Civil Veterinary Department Bihar & Orissa reports 1929-36 - 1929-1936
Year: 1929
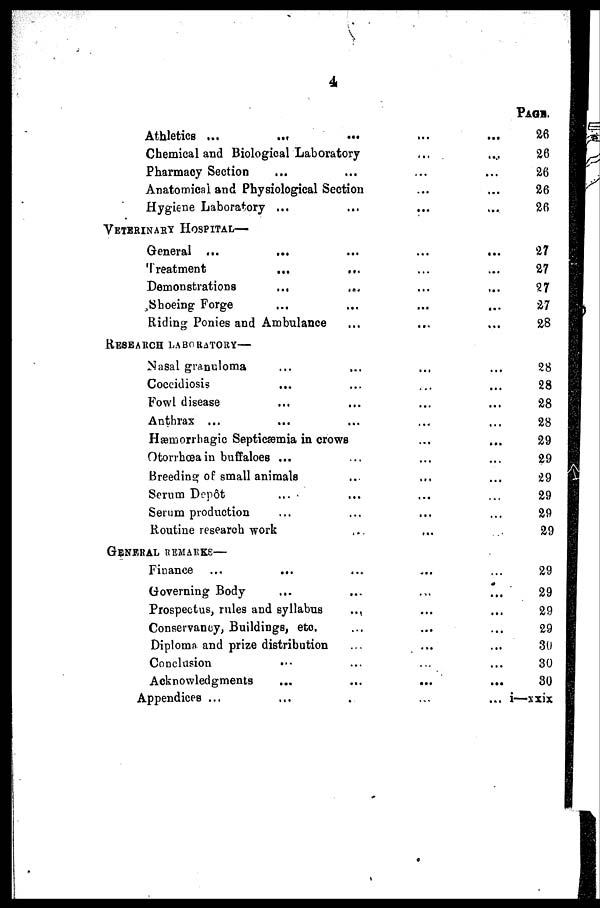
4
Athletics ...
... ... ... ...
Chemical and Biological Laboratory ... ...
Pharmacy Section ... ... ... ...
Anatomical and Physiological Section ... ...
Hygiene Laboratory ... ... ... ...
VETERINARY HOSPITAL—
General ... ... ... ... ...
Treatment
...
... ... ...
Demonstrations
... ... ... ...
Shoeing Forge ... ... ... ...
Riding Ponies and Ambulance ... ... ...
RESEARCH LABORATORY—
Nasal granuloma ... ... ... ...
Coccidiosis ... ... ... ...
Fowl disease ... ... ... ...
Anthrax ... ... ... ... ...
Hæmorrbagic Septicæmia in crows ... ...
Otorrhoea in buffaloes ... ... ... ...
Breeding of small animals ... ... ...
Serum Depôt ... ... ... ...
Serum production ... ... ... ...
Routine research work ... ...
GENERAL REMARKS—
Finance ...
... ... ... ...
Governing Body
... ... ... ...
Prospectus, rules and syllabus ... ... ...
Conservancy, Buildings, etc. ... ... ...
Diploma and prize distribution ... ... ...
Conclusion ... ... ... ...
Acknowledgments
...
...
... ...
Appendices ... ... ... ...
PAGE.
26
26
26
26
26
27
27
27
27
28
28
28
28
28
29
29
29
29
29
29
29
29
29
29
30
30
30
i—xxix